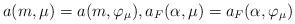
LaTeX: \begin{align*}a(m,\mu) = a(m,\varphi_\mu) , a_F(\alpha, \mu) = a_F(\alpha,\varphi_\mu) \end{align*}